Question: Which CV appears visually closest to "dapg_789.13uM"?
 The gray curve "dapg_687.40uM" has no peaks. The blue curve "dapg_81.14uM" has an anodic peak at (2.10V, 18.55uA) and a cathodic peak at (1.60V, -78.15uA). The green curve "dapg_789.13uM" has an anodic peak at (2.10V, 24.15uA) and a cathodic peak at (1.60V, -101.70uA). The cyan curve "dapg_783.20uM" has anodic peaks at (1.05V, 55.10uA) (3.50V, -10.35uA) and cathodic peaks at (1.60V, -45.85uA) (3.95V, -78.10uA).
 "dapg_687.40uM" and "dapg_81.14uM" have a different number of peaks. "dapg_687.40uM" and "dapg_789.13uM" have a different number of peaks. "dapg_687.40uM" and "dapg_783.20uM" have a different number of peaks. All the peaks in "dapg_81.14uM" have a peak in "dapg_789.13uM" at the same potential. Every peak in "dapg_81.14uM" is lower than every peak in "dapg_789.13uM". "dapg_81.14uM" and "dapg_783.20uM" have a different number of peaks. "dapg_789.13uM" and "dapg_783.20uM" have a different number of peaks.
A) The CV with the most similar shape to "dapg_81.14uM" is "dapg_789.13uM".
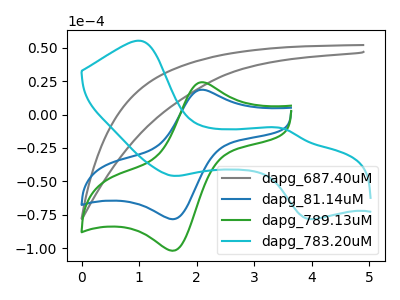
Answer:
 <answer>A) The CV with the most similar shape to "dapg_81.14uM" is "dapg_789.13uM".</answer>
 <eval>A</eval>